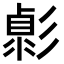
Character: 𢒭